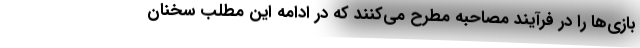
بازی‌ها را در فرآیند مصاحبه مطرح می‌کنند که در ادامه این مطلب سخنان